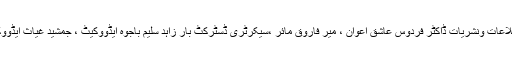
کنونشن میں سابق وفاقی وزیر اطلاعات ونشریات ڈاکٹر فردوس عاشق اعوان ، میر فاروق مائر ،سیکرٹری ڈسٹرکٹ بار زاہد سلیم باجوہ ایڈووکیٹ ، جمشید غیاث ایڈووکیٹ ودیگر نے بھی شرکت کی ۔